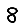
Digit: 8